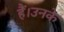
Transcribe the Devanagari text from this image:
हैं।उनके